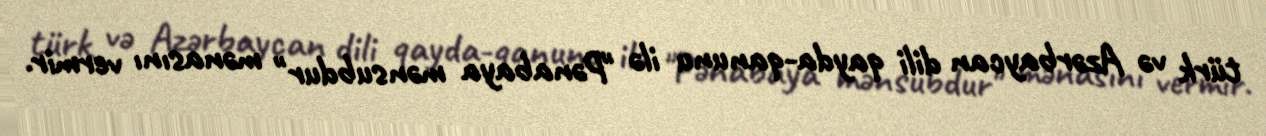
türk və Azərbaycan dili qayda-qanunu ilə "Pənabaya mənsubdur" mənasını vermir.